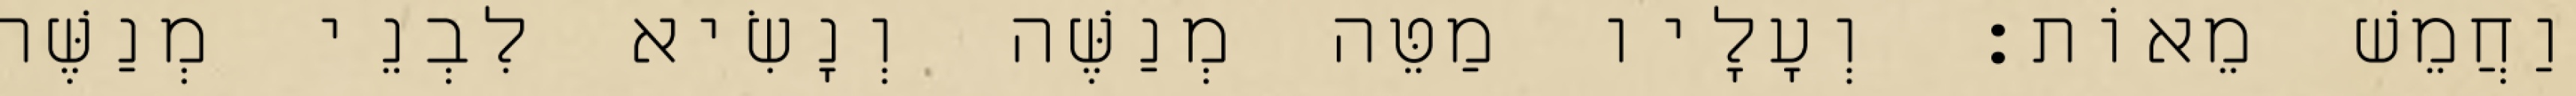
וַחֲמֵשׁ מֵאוֹת׃ וְעָלָיו מַטֵּה מְנַשֶּׁה וְנָשִׂיא לִבְנֵי מְנַשֶּׁה